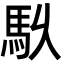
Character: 𮩶